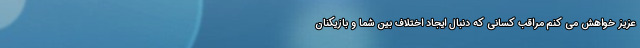
عزیز خواهش می کنم مراقب کسانی که دنبال ایجاد اختلاف بین شما و بازیکنان